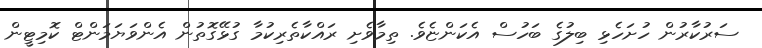
ސަރުކާރުން ހުށަހެޅި ބިލުގެ ބަހުސް އެކަންޏެެވެ. ތިމާވެށި ރައްކާތެރިކުމާ ގުޅޭގޮތުން އެންވަޔަމަންޓް ކޮމިޓީން